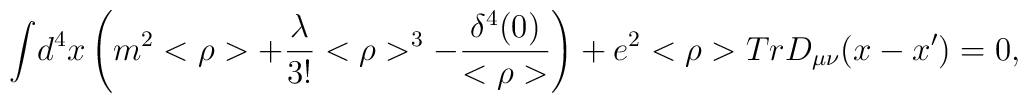
{\int}d^{4}x\left(m^{2}<\rho>+\frac{\lambda}{3!}<\rho>^{3}-\frac{\delta^{4}(0)}{<\rho>}\right)+e^{2}<\rho>TrD_{\mu\nu}(x-x')=0,